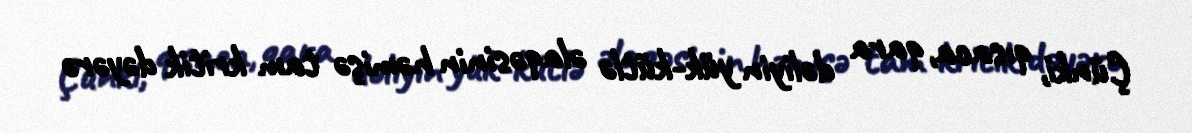
Çünki, qısaca, qara dəliyin yük-kütlə əlaqəsinin həmişə tam kritik dəyərə